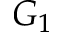
G _ { 1 }